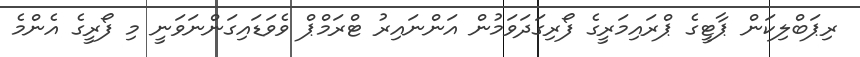
ރިޕަބްލިކަން ޕާޓީގެ ޕްރައިމަރީގެ ފޯރިގަދަވަމުން އަންނައިރު ޓްރަމްޕް ވެވަޑައިގަންނަވަނީ މި ފޯރީގެ އެންމެ